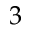
3